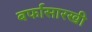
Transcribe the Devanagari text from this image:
बर्फासारखी